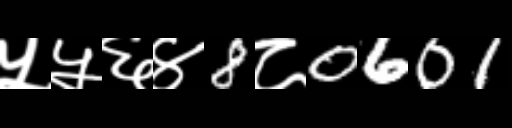
Text: ५५६४8८0601